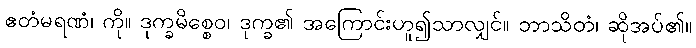
ဧတံမရဏံ၊ ကို။ ဒုက္ခမိစ္စေဝ၊ ဒုက္ခ၏ အကြောင်းဟူ၍သာလျှင်။ ဘာသိတံ၊ ဆိုအပ်၏။